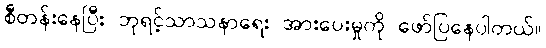
စီတန်းနေပြီး ဘုရင့်သာသနာရေး အားပေးမှုကို ဖော်ပြနေပါတယ်။